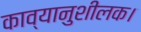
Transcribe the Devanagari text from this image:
काव्यानुशीलक।